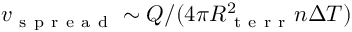
v _ { \mathrm { ~ s ~ p ~ r ~ e ~ a ~ d ~ } } \sim Q / ( 4 \pi R _ { \mathrm { ~ t ~ e ~ r ~ r ~ } } ^ { 2 } n \Delta T )